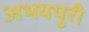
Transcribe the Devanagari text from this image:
अभयपुरी